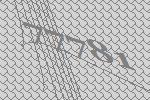
77781